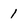
Character: 1